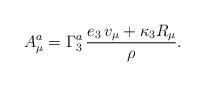
LaTeX: \begin{align*}A_\mu^a =\Gamma^a_3\,{e_3\,v_\mu +\kappa_3 R_\mu\over\rho}.\end{align*}